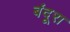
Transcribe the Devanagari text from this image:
बंदूरा